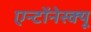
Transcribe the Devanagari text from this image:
एन्टोंनेस्क्यू